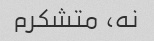
نه، متشکرم